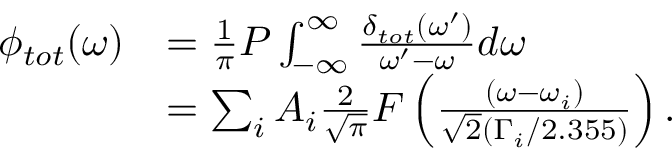
\begin{array} { r l } { \phi _ { t o t } ( \omega ) } & { = \frac { 1 } { \pi } P \int _ { - \infty } ^ { \infty } \frac { \delta _ { t o t } ( \omega ^ { \prime } ) } { \omega ^ { \prime } - \omega } d \omega } \\ & { = \sum _ { i } A _ { i } \frac { 2 } { \sqrt { \pi } } F \left( \frac { ( \omega - \omega _ { i } ) } { \sqrt { 2 } ( \Gamma _ { i } / 2 . 3 5 5 ) } \right) . } \end{array}